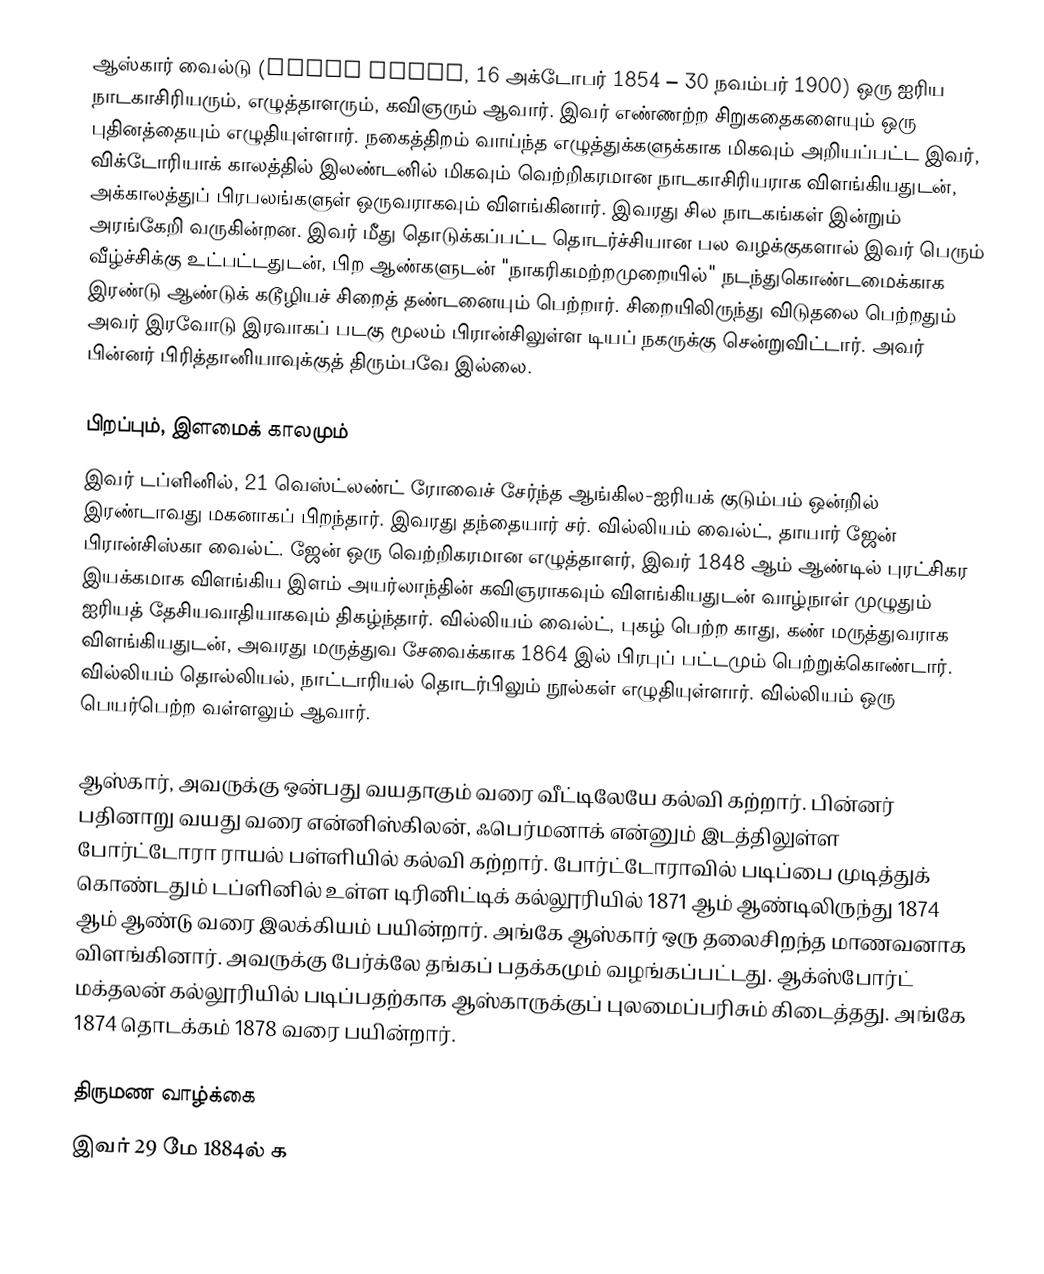
ஆஸ்கார் வைல்டு (Oscar Wilde, 16 அக்டோபர் 1854 – 30 நவம்பர் 1900) ஒரு ஐரிய நாடகாசிரியரும், எழுத்தாளரும், கவிஞரும் ஆவார். இவர் எண்ணற்ற சிறுகதைகளையும் ஒரு புதினத்தையும் எழுதியுள்ளார். நகைத்திறம் வாய்ந்த எழுத்துக்களுக்காக மிகவும் அறியப்பட்ட இவர், விக்டோரியாக் காலத்தில் இலண்டனில் மிகவும் வெற்றிகரமான நாடகாசிரியராக விளங்கியதுடன், அக்காலத்துப் பிரபலங்களுள் ஒருவராகவும் விளங்கினார். இவரது சில நாடகங்கள் இன்றும் அரங்கேறி வருகின்றன. இவர் மீது தொடுக்கப்பட்ட தொடர்ச்சியான பல வழக்குகளால் இவர் பெரும் வீழ்ச்சிக்கு உட்பட்டதுடன், பிற ஆண்களுடன் "நாகரிகமற்றமுறையில்" நடந்துகொண்டமைக்காக இரண்டு ஆண்டுக் கடூழியச் சிறைத் தண்டனையும் பெற்றார். சிறையிலிருந்து விடுதலை பெற்றதும் அவர் இரவோடு இரவாகப் படகு மூலம் பிரான்சிலுள்ள டியப் நகருக்கு சென்றுவிட்டார். அவர் பின்னர் பிரித்தானியாவுக்குத் திரும்பவே இல்லை.

பிறப்பும், இளமைக் காலமும்
இவர் டப்ளினில், 21 வெஸ்ட்லண்ட் ரோவைச் சேர்ந்த ஆங்கில-ஐரியக் குடும்பம் ஒன்றில் இரண்டாவது மகனாகப் பிறந்தார். இவரது தந்தையார் சர். வில்லியம் வைல்ட், தாயார் ஜேன் பிரான்சிஸ்கா வைல்ட். ஜேன் ஒரு வெற்றிகரமான எழுத்தாளர், இவர் 1848 ஆம் ஆண்டில் புரட்சிகர இயக்கமாக விளங்கிய இளம் அயர்லாந்தின் கவிஞராகவும் விளங்கியதுடன் வாழ்நாள் முழுதும் ஐரியத் தேசியவாதியாகவும் திகழ்ந்தார். வில்லியம் வைல்ட், புகழ் பெற்ற காது, கண் மருத்துவராக விளங்கியதுடன், அவரது மருத்துவ சேவைக்காக 1864 இல் பிரபுப் பட்டமும் பெற்றுக்கொண்டார். வில்லியம் தொல்லியல், நாட்டாரியல் தொடர்பிலும் நூல்கள் எழுதியுள்ளார். வில்லியம் ஒரு பெயர்பெற்ற வள்ளலும் ஆவார்.

ஆஸ்கார், அவருக்கு ஒன்பது வயதாகும் வரை வீட்டிலேயே கல்வி கற்றார். பின்னர் பதினாறு வயது வரை என்னிஸ்கிலன், ஃபெர்மனாக் என்னும் இடத்திலுள்ள போர்ட்டோரா ராயல் பள்ளியில் கல்வி கற்றார். போர்ட்டோராவில் படிப்பை முடித்துக் கொண்டதும் டப்ளினில் உள்ள டிரினிட்டிக் கல்லூரியில் 1871 ஆம் ஆண்டிலிருந்து 1874 ஆம் ஆண்டு வரை இலக்கியம் பயின்றார். அங்கே ஆஸ்கார் ஒரு தலைசிறந்த மாணவனாக விளங்கினார். அவருக்கு பேர்க்லே தங்கப் பதக்கமும் வழங்கப்பட்டது. ஆக்ஸ்போர்ட் மக்தலன் கல்லூரியில் படிப்பதற்காக ஆஸ்காருக்குப் புலமைப்பரிசும் கிடைத்தது. அங்கே 1874 தொடக்கம் 1878 வரை பயின்றார்.

திருமண வாழ்க்கை
இவர் 29 மே 1884ல் க